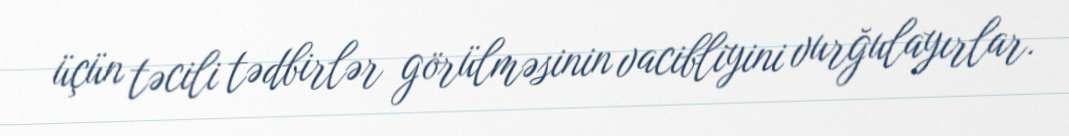
üçün təcili tədbirlər görülməsinin vacibliyini vurğulayırlar.